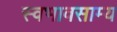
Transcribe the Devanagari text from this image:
स्वभावसाम्य